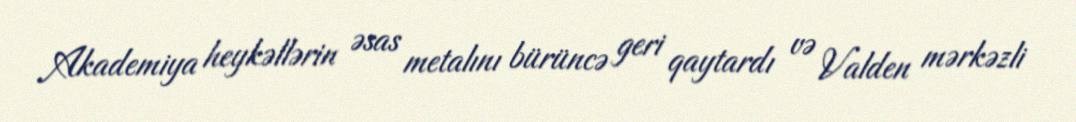
Akademiya heykəllərin əsas metalını bürüncə geri qaytardı və Valden mərkəzli